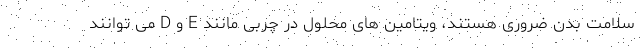
سلامت بدن ضروری هستند، ویتامین های محلول در چربی مانند E و D می توانند